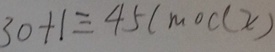
3 0 + 1 \equiv 4 5 ( m o d x )